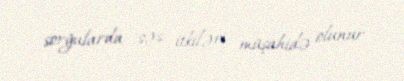
sorğularda səs itkiləri müşahidə olunur.